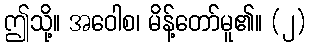
ဤသို့။ အဝေါစ၊ မိန့်တော်မူ၏။ (၂)